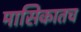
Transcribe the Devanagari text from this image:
मासिकातच